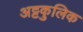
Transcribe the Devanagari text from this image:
अट्टकुलिक